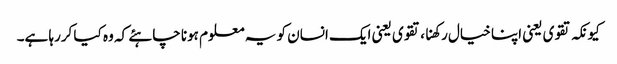
کیونکہ تقوی یعنی اپنا خیال رکھنا، تقوی یعنی ایک انسان کو یہ معلوم ہونا چاہئے کہ وہ کیا کررہا ہے۔